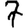
Digit: 7